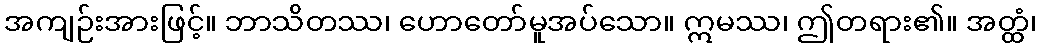
အကျဉ်းအားဖြင့်။ ဘာသိတဿ၊ ဟောတော်မူအပ်သော။ ဣမဿ၊ ဤတရား၏။ အတ္ထံ၊